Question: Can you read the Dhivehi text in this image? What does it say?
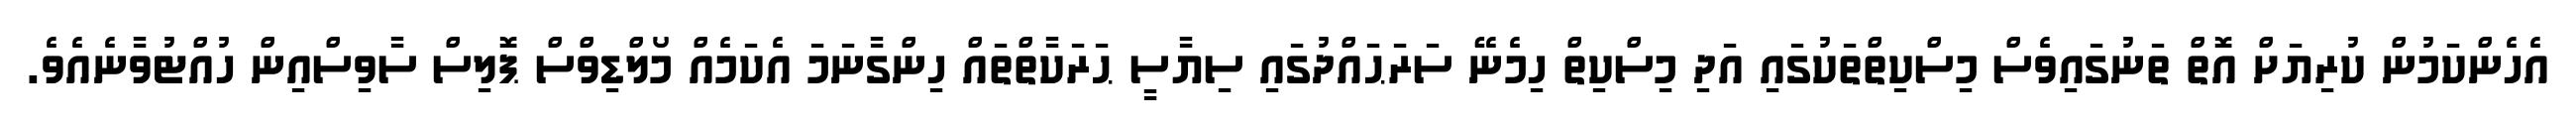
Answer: އެހެންކަމުން ކުރިޔަށް އޮތް ތަނުގައިވެސް މިސްކިތްތަކުގައި އަދި މިސްކިތް ހިމެނޭ ސަރަޙައްދުގައި ސިޔާސީ ޙަރަކާތްތައް ހިންގާނަމަ އެކަމެއް މޯލްޑިވްސް ޕޮލިސް ސާވިސްއިން ހުއްޓުވާނެއެވެ.